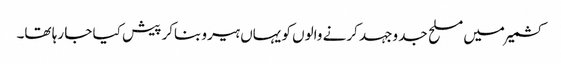
کشمیرمیں مسلح جد وجہد کرنے والوں کو یہاں ہیرو بناکر پیش کیا جا رہا تھا۔